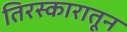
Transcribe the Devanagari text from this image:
तिरस्कारातून